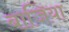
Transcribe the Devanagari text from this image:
बाजिया